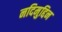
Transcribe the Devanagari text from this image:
नदिमुद्दिन